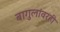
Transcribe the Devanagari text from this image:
बागुलांवरही